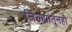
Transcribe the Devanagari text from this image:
जिल्ह्यांतूनही